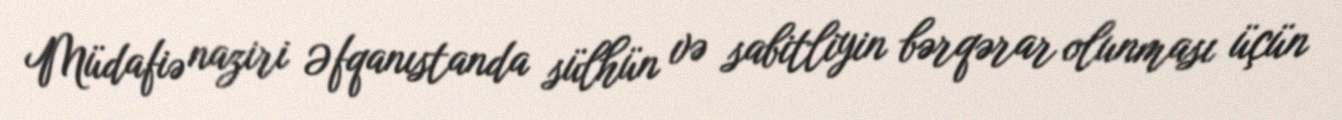
Müdafiə naziri Əfqanıstanda sülhün və sabitliyin bərqərar olunması üçün